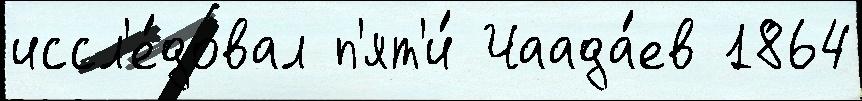
иссл'е́довал п'ят'и́ Чаада́ев 1864